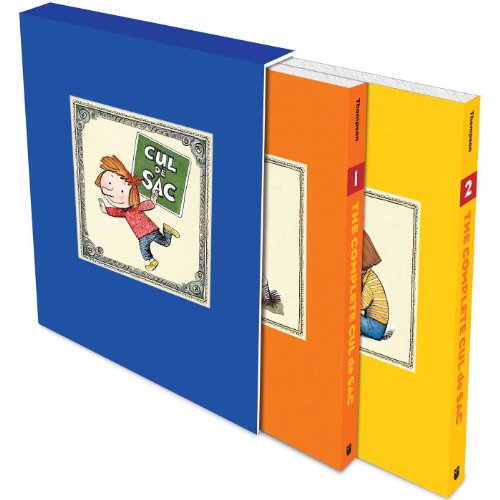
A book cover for The Complete Cul de Sac; Richard Thompson; Comics & Graphic Novels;